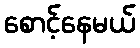
စောင့်နေမယ်